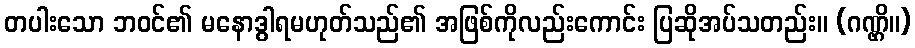
တပါးသော ဘဝင်၏ မနောဒွါရမဟုတ်သည်၏ အဖြစ်ကိုလည်းကောင်း ပြဆိုအပ်သတည်း။ (ဂဏ္ဌိ။)